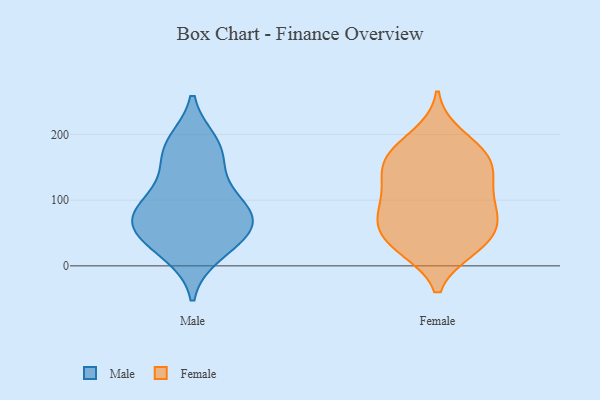
{"axis": {"x": "Inventory Turnover", "y": "Value"}, "legend": ["Female", "Male"], "data": [{"x": "", "y": 18, "type": "Male"}, {"x": "", "y": 145, "type": "Male"}, {"x": "", "y": 94, "type": "Male"}, {"x": "", "y": 90, "type": "Male"}, {"x": "", "y": 75, "type": "Male"}, {"x": "", "y": 64, "type": "Male"}, {"x": "", "y": 25, "type": "Male"}, {"x": "", "y": 188, "type": "Male"}, {"x": "", "y": 186, "type": "Male"}, {"x": "", "y": 167, "type": "Male"}, {"x": "", "y": 53, "type": "Male"}, {"x": "", "y": 55, "type": "Male"}, {"x": "", "y": 61, "type": "Male"}, {"x": "", "y": 106, "type": "Male"}, {"x": "", "y": 70, "type": "Female"}, {"x": "", "y": 170, "type": "Female"}, {"x": "", "y": 73, "type": "Female"}, {"x": "", "y": 122, "type": "Female"}, {"x": "", "y": 55, "type": "Female"}, {"x": "", "y": 138, "type": "Female"}, {"x": "", "y": 100, "type": "Female"}, {"x": "", "y": 199, "type": "Female"}, {"x": "", "y": 182, "type": "Female"}, {"x": "", "y": 118, "type": "Female"}, {"x": "", "y": 151, "type": "Female"}, {"x": "", "y": 164, "type": "Female"}, {"x": "", "y": 86, "type": "Female"}, {"x": "", "y": 26, "type": "Female"}, {"x": "", "y": 156, "type": "Female"}, {"x": "", "y": 44, "type": "Female"}, {"x": "", "y": 27, "type": "Female"}, {"x": "", "y": 27, "type": "Female"}, {"x": "", "y": 72, "type": "Female"}]}